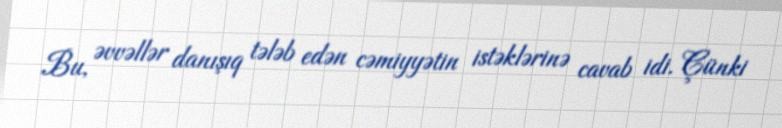
Bu, əvvəllər danışıq tələb edən cəmiyyətin istəklərinə cavab idi. Çünki